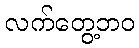
လက်တွေ့ဘဝ